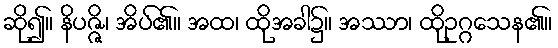
ဆို၍။ နိပဇ္ဇိ၊ အိပ်၏။ အထ၊ ထိုအခါ၌။ အဿာ၊ ထိုဥဂ္ဂသေန၏။